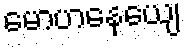
မောဟနေယျေ